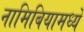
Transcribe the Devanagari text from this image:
नामिबियामध्ये